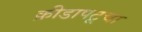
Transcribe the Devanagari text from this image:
क्रीडापटूचा